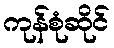
ကုန်စုံဆိုင်